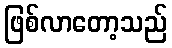
ဖြစ်လာတော့သည်